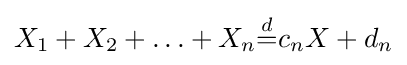
X_{1}+X_{2}+\ldots +X_{n}{\stackrel {d}{=}}c_{n}X+d_{n}